Vaccination in Burma 1920-1933 - 1920-1933
Year: 1920
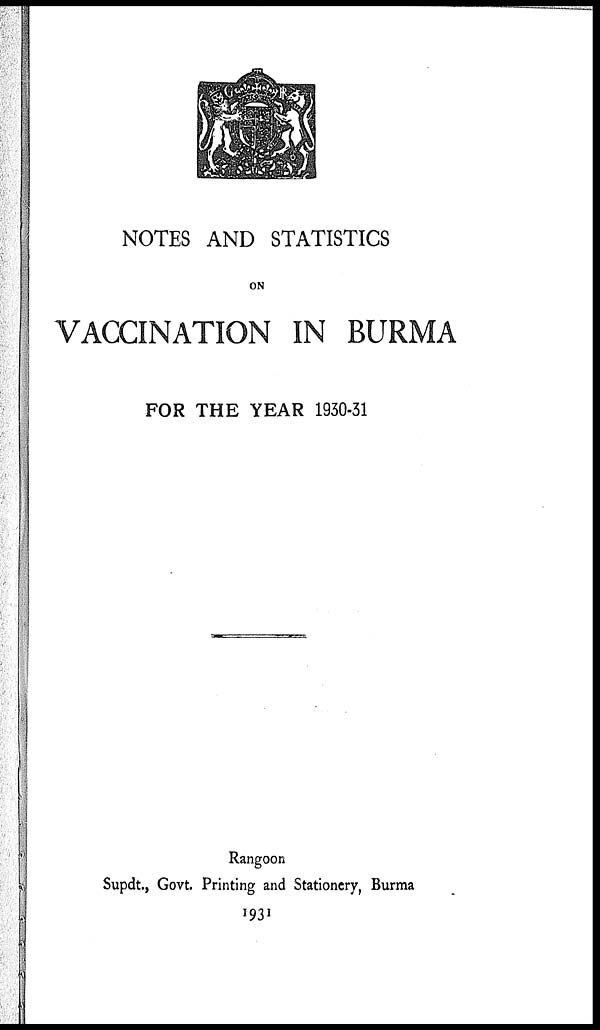
NOTES AND STATISTICS
ON
VACCINATION IN BURMA
FOR THE YEAR 1930-31
Rangoon
Supdt., Govt. Printing and Stationery, Burma
1931